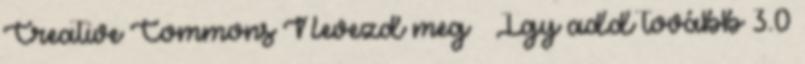
Creative Commons Nevezd meg – Így add tovább 3.0